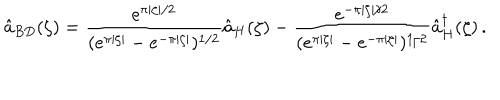
LaTeX: \hat { a } _ { B D } ( \zeta ) = \frac { e ^ { \pi \vert \zeta \vert / 2 } } { ( e ^ { \pi \vert \zeta \vert } - e ^ { - \pi \vert \zeta \vert } ) ^ { 1 / 2 } } \hat { a } _ { H } ( \zeta ) - \frac { e ^ { - \pi \vert \zeta \vert / 2 } } { ( e ^ { \pi \vert \zeta \vert } - e ^ { - \pi \vert \zeta \vert } ) ^ { 1 / 2 } } \hat { a } _ { H } ^ { \dagger } ( \zeta ) \, .